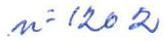
n= 1202